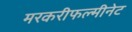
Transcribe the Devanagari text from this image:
मरकरीफल्मीनेट